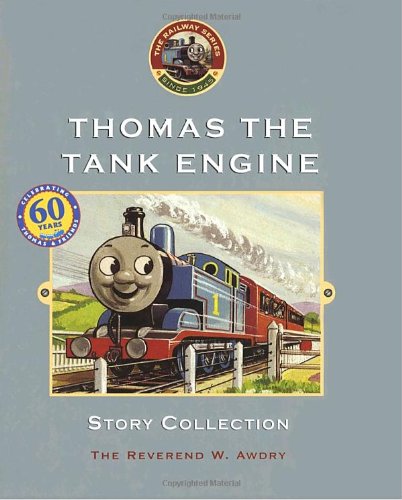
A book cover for Thomas the Tank Engine Story Collection; Rev. W. Awdry; Children's Books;